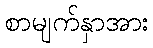
စာမျက်နှာအား